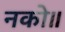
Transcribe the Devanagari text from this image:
नको॥